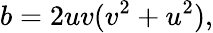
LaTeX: b=2uv(v^{2}+u^{2}),